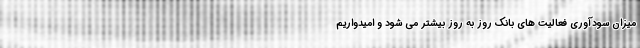
میزان سودآوری فعالیت های بانک روز به روز بیشتر می شود و امیدواریم